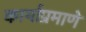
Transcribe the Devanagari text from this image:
कार्याप्रमाणे